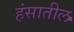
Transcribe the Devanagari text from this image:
हंसातील